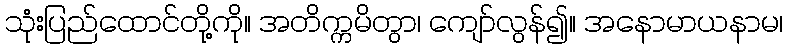
သုံးပြည်ထောင်တို့ကို။ အတိက္ကမိတွာ၊ ကျော်လွန်၍။ အနောမာယနာမ၊